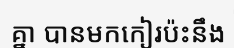
គ្នា បានមកកៀរប៉ះនឹង